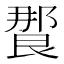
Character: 𰻸